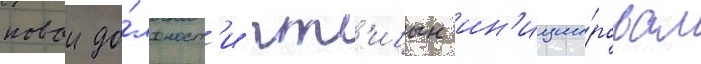
новои до́лжност'и пт'ицын ин'иции́ровал